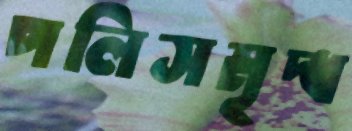
পলিসমৃদ্ধ